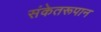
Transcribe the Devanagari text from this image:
संकेतरूपान